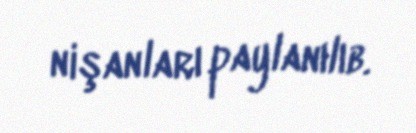
nişanları paylanılıb.